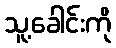
သူ့ခေါင်းကို